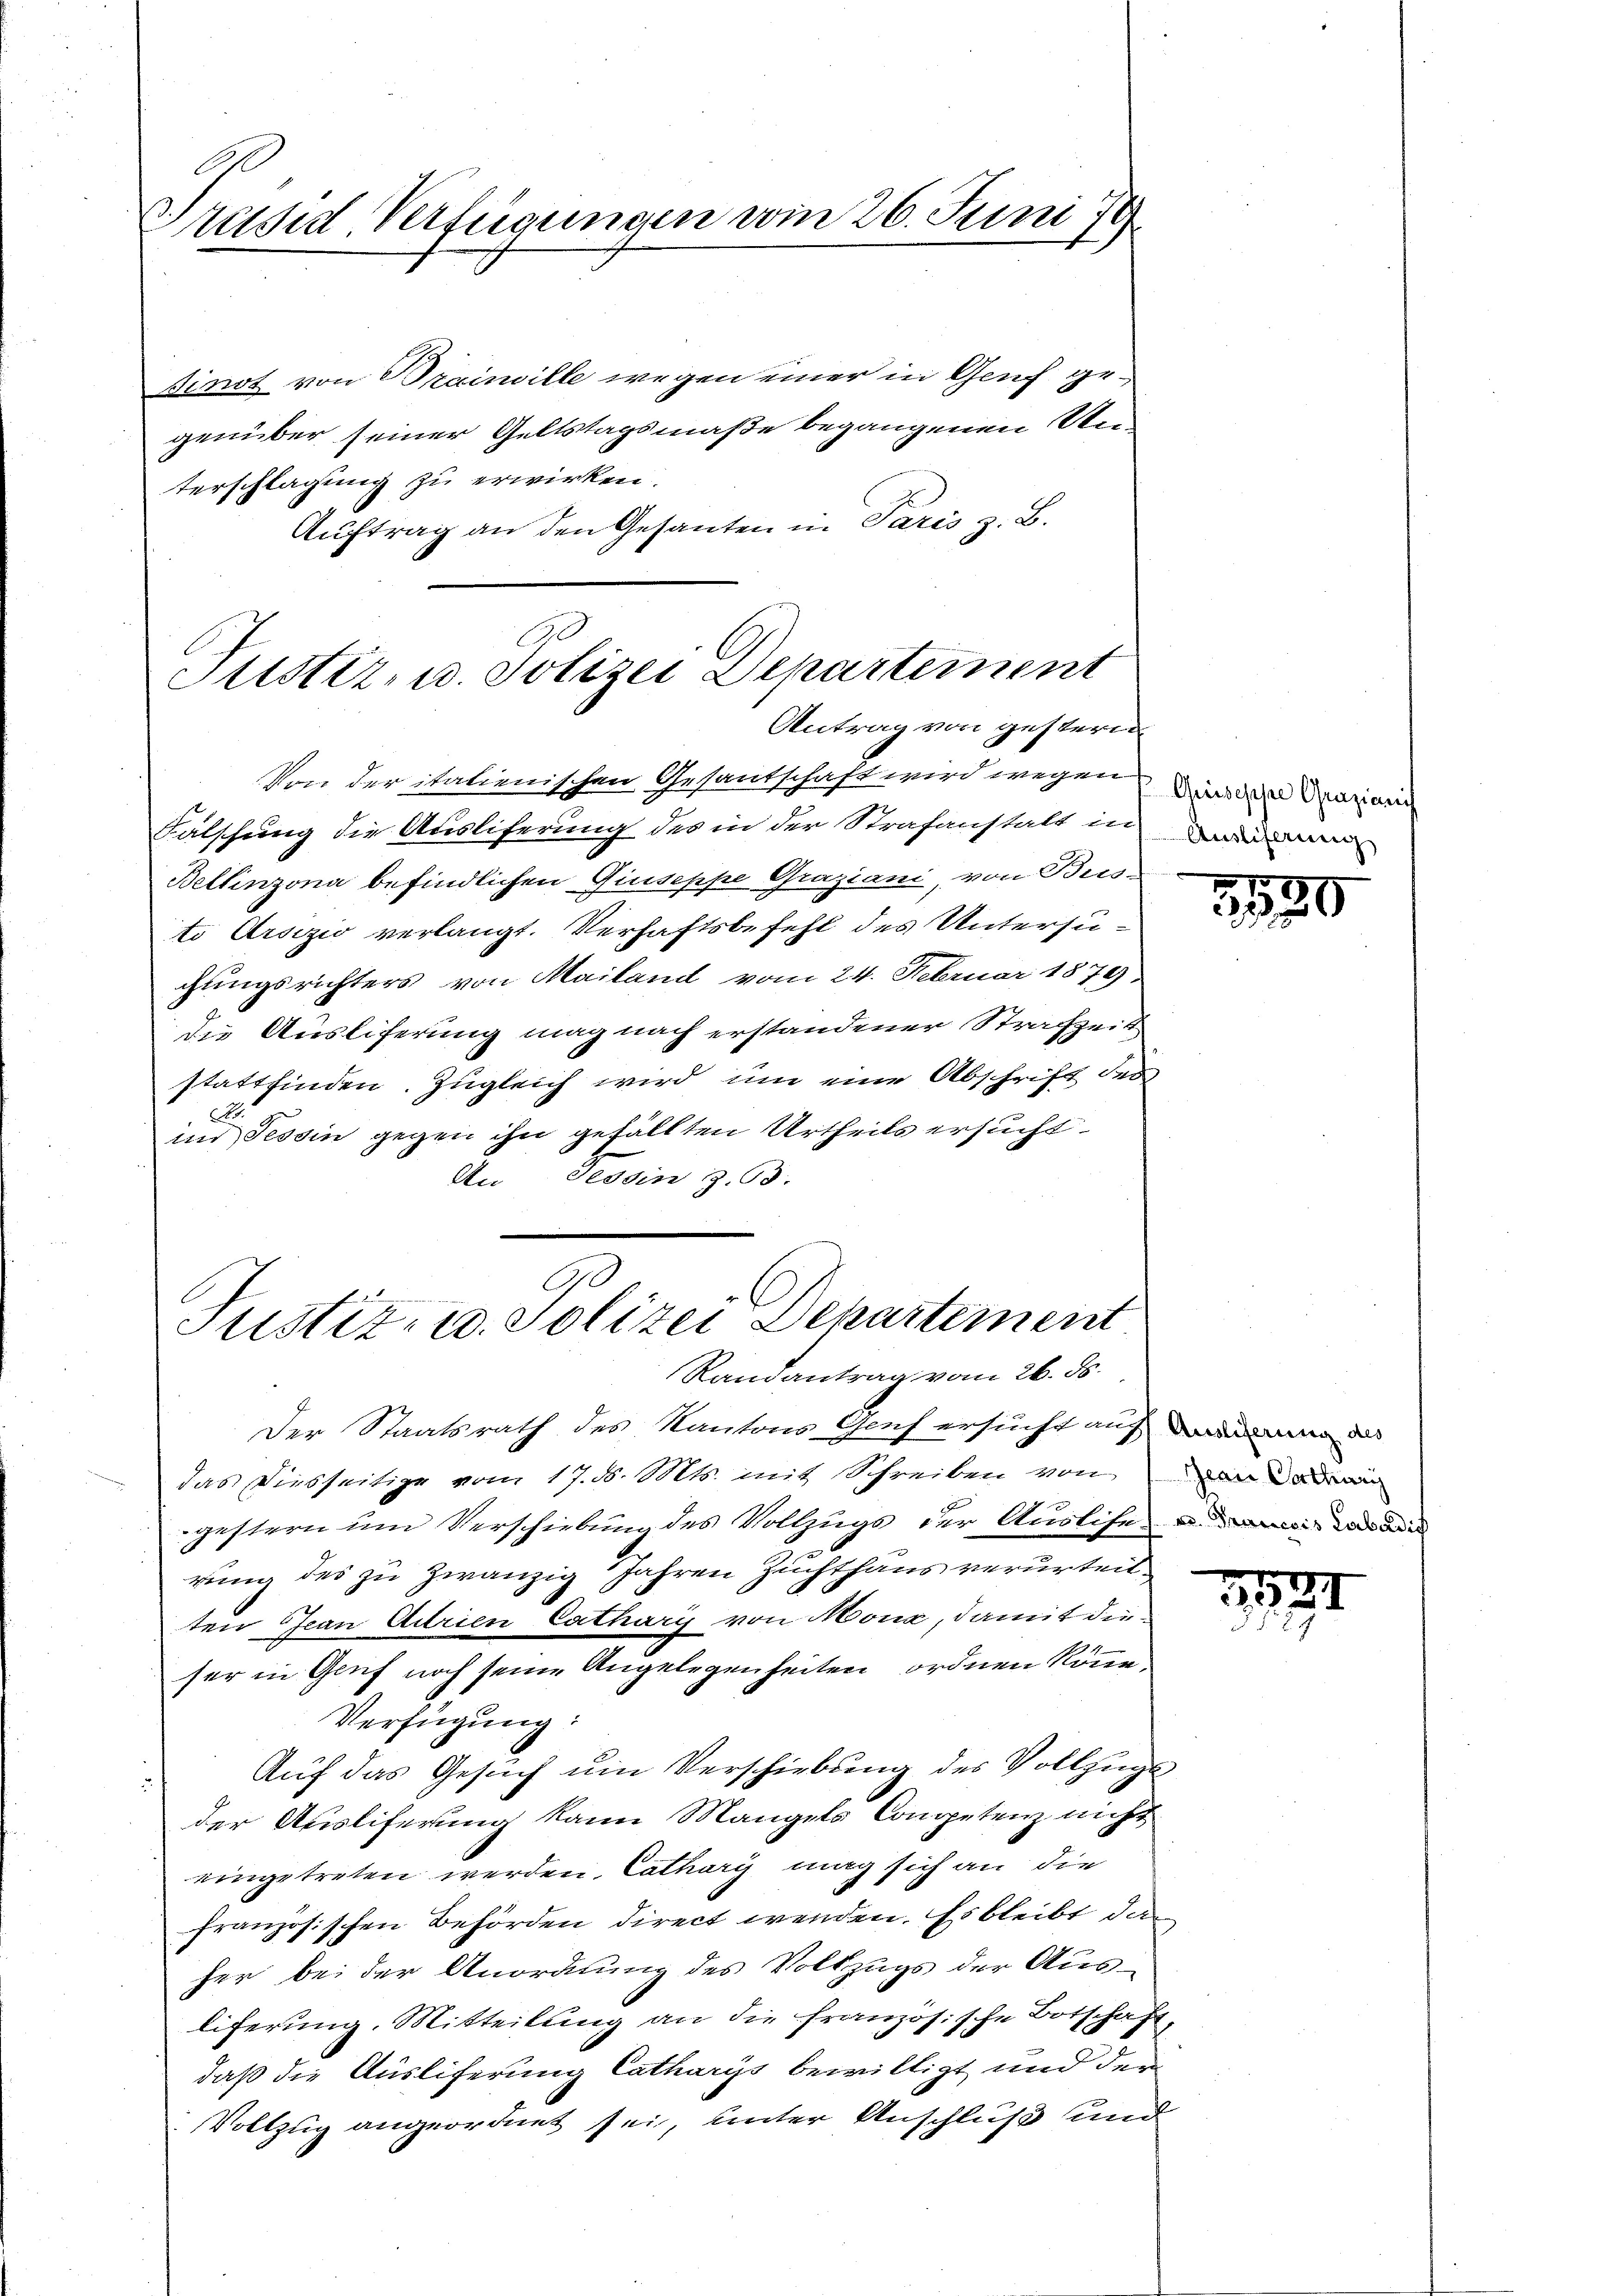
Präsid Verfügungen vom 26. Juni 18

Finot von Trainville wegen einer in Genf gegenüber seiner Geltstagsmaße begangenen Unterschlagung zu erwirken.
Auftrag an den Gesanten in Paris z. B.

Justiz, u. Polizei Departement
Antrag von gestern.

Von der italienischen Gesandschaft wird wegen
Fälschung die Ausliferung des in der Strafanstalt in
Bellinzona befindlichen Giuseppe Graziani, von Bris-
ti Arsizio verlangt. Verhaftsbefehl des Untersuchungsrichters von Mailand vom 24. Februar 1879.
die Ausliferung mag nach erstandener Strafzeit
stattfinden. Zugleich wird um eine Abschrift des
.
in Tessin gegen ihn gefällten Urtheils ersucht.
An Tessin z. 93.

G
Justiz- u. Polizei Departement
Randantrag vom 26. ds.

Greiseppe Grazianis
Ausliferung

Der Staatsrath des Kantons Genf ersucht auf dann das
das Diesseitige vom 17. d. Mts. mit Schreiben von von
gestern und Verschiebung des Vollzugs der Auslife
rung des zu zwanzig Jahren Zuchthaus verurteil
ten Jean Adrien Catharis von Mona, damit dieser in Genf noch seine Angelegenheiten ordnen könne,
Verfügung:
Auf das Gesuch um Verschiebung des Vollzugs
der Ausliferung kann Mangels Competenz nicht
eingetreten werden. Cathary mag sich an die
französischen Behörden direct werden. Es bleibt das
her bei der Anordnung des Volkzugs der Ausliferung. Mitteilung an die französische Botschaft,
daß die Ausliferung Catharys bewilligt und der
Vollzug angeordnet sei, unter Anschluß und

2530

1